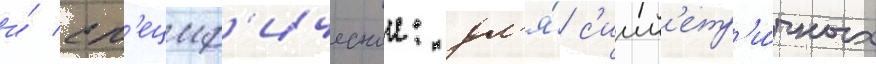
и́ сп'ециф'ическои: дл'я́ с'имм'етр'и́чных